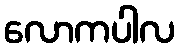
လောကပါလ